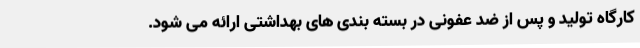
کارگاه تولید و پس از ضد عفونی در بسته بندی های بهداشتی ارائه می شود.